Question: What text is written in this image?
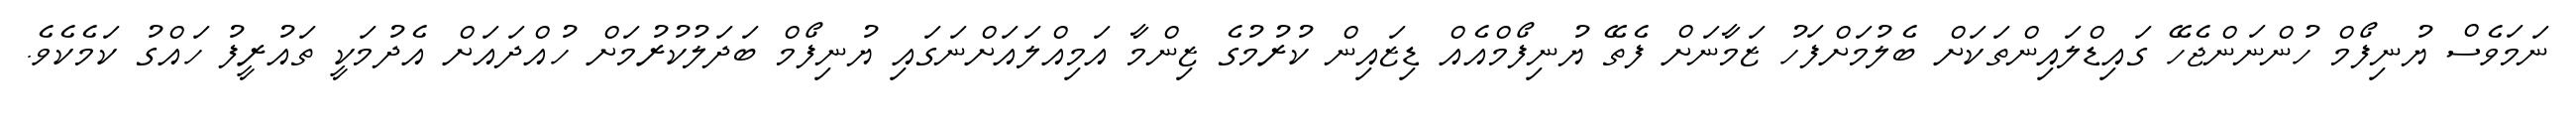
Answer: ނަމަވެސް ޔުނިފޯމް ހުންނަންޖެހޭ ގައިޑްލައިންތަކަށް ބެލުމަށްފަހު ޒަމާނަށް ފެތޭ ޔުނިފޯމްއެއް ޑިޒައިން ކުރުމުގެ ޒިންމާ އަމިއްލައަށްނަގައި ޔުނިފޯމް ބަދަލުކުރުމަށް ހުއްދައަށް އެދުމަކީ ތައުރީފު ހައްގު ކަމެކެވެ.